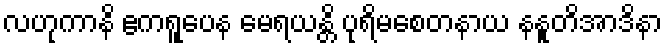
လဟုကာနိ ဧကရူပေန မေရယန္တိ ပုရိမစေတနာယ နနူတိအာဒိနာ